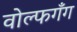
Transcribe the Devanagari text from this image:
वोल्फगँग